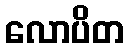
လောပိတ